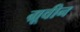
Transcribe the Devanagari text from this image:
ग्रूवीन